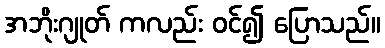
အဘိုးဂျုတ် ကလည်း ဝင်၍ ပြောသည်။